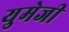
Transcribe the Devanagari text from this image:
युमेजी